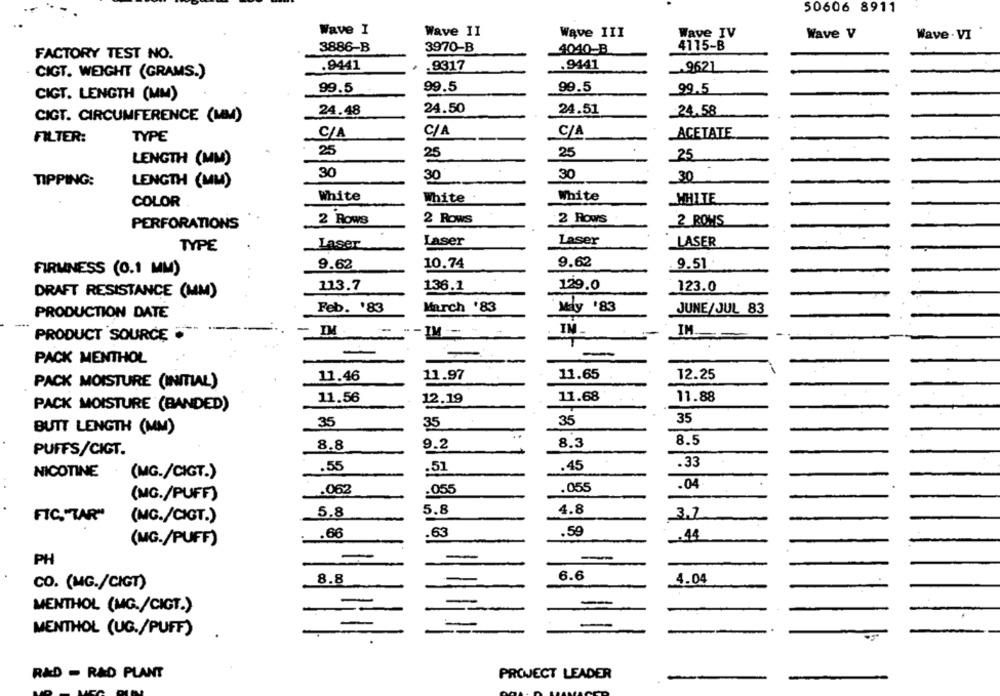
50606 8911
Wave I
Wave II
Wave III
Wave IV
Wave V
Wave . VI
3886-B
3970-B
4040_B
4115-B
FACTORY TEST NO.
.9441
-9317
.9441
-9621
CIGT. WEIGHT (GRAMS.)
99.5
99.5
99.5
99,5
CIGT. LENGTH (MM)
24.48
24.50
24.51
-24.58
CIGT. CIRCUMFERENCE (MM)
C/A
FILTER:
TYPE
C/A
C/A
ACETATE
25
25
25
25
LENGTH (MM)
30
30
30
30
TIPPING:
LENGTH (MM)
COLOR
White
White
White
WHITE
2 Rows
2 Rows
2 Rows
2 ROWS
PERFORATIONS
Laser
Laser
Laser
LASER
TYPE
9.62
10.74
9.62
. 9.51
FIRMNESS (0.1 MM)
129.0
113.7
136.1
123.0
DRAFT RESISTANCE (MM)
Feb. '83
March '83
May '83
JUNE/JUL 83
PRODUCTION DATE
"-IM --
IM
IM.
PRODUCT SOURCE
PACK MENTHOL
11.97
11.65
12.25
11.46
PACK MOISTURE (INITIAL)
11.68
11.56
12.19
11.88
PACK MOISTURE (BANDED)
35
35
35
35
BUTT LENGTH (MM)
..
8.8
9.2
8.3
8.5
PUFFS/CIGT.
.45
.33
.55
.51
NICOTINE
(MG./CIGT.)
.04
.062
.055
.055
(MG./PUFF)
5.8
5.8
4.8
3,7
FIC."TAR"
(MC./CIGT.)
.66
.63
.59
.44
(MG./PUFF)
-
PH
6.6
4.04
CO. (MG./CIGT)
8.8
-
MENTHOL (MG./CIGT.)
-
MENTHOL (UG./PUFF)
R&D - RAD PLANT
PROJECT LEADER